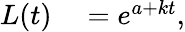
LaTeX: \begin{array}{rl}{L(t)}&{{}=e^{a+kt},}\end{array}